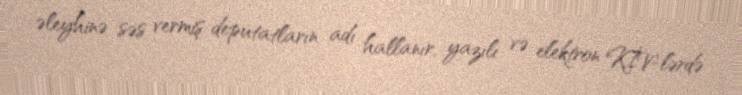
əleyhinə səs vermiş deputatların adı hallanır, yazılı və elektron KİV-lərdə